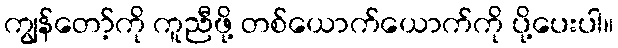
ကျွန်တော့်ကို ကူညီဖို့ တစ်ယောက်ယောက်ကို ပို့ပေးပါ။